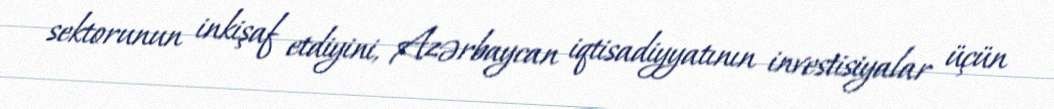
sektorunun inkişaf etdiyini, Azərbaycan iqtisadiyyatının investisiyalar üçün